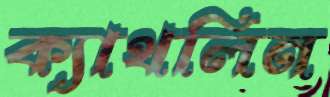
ক্যাথলিন